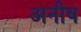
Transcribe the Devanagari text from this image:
अनीष